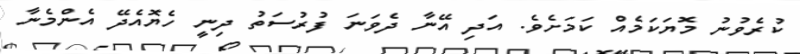
ކުރެވުނު މޮޔަކަމެއް ކަމަށެވެ. އަދި އޭނާ ދެވަނަ ފުރުސަތު ދިނީ ހެޔޮއެދޭ އެންމެނާ